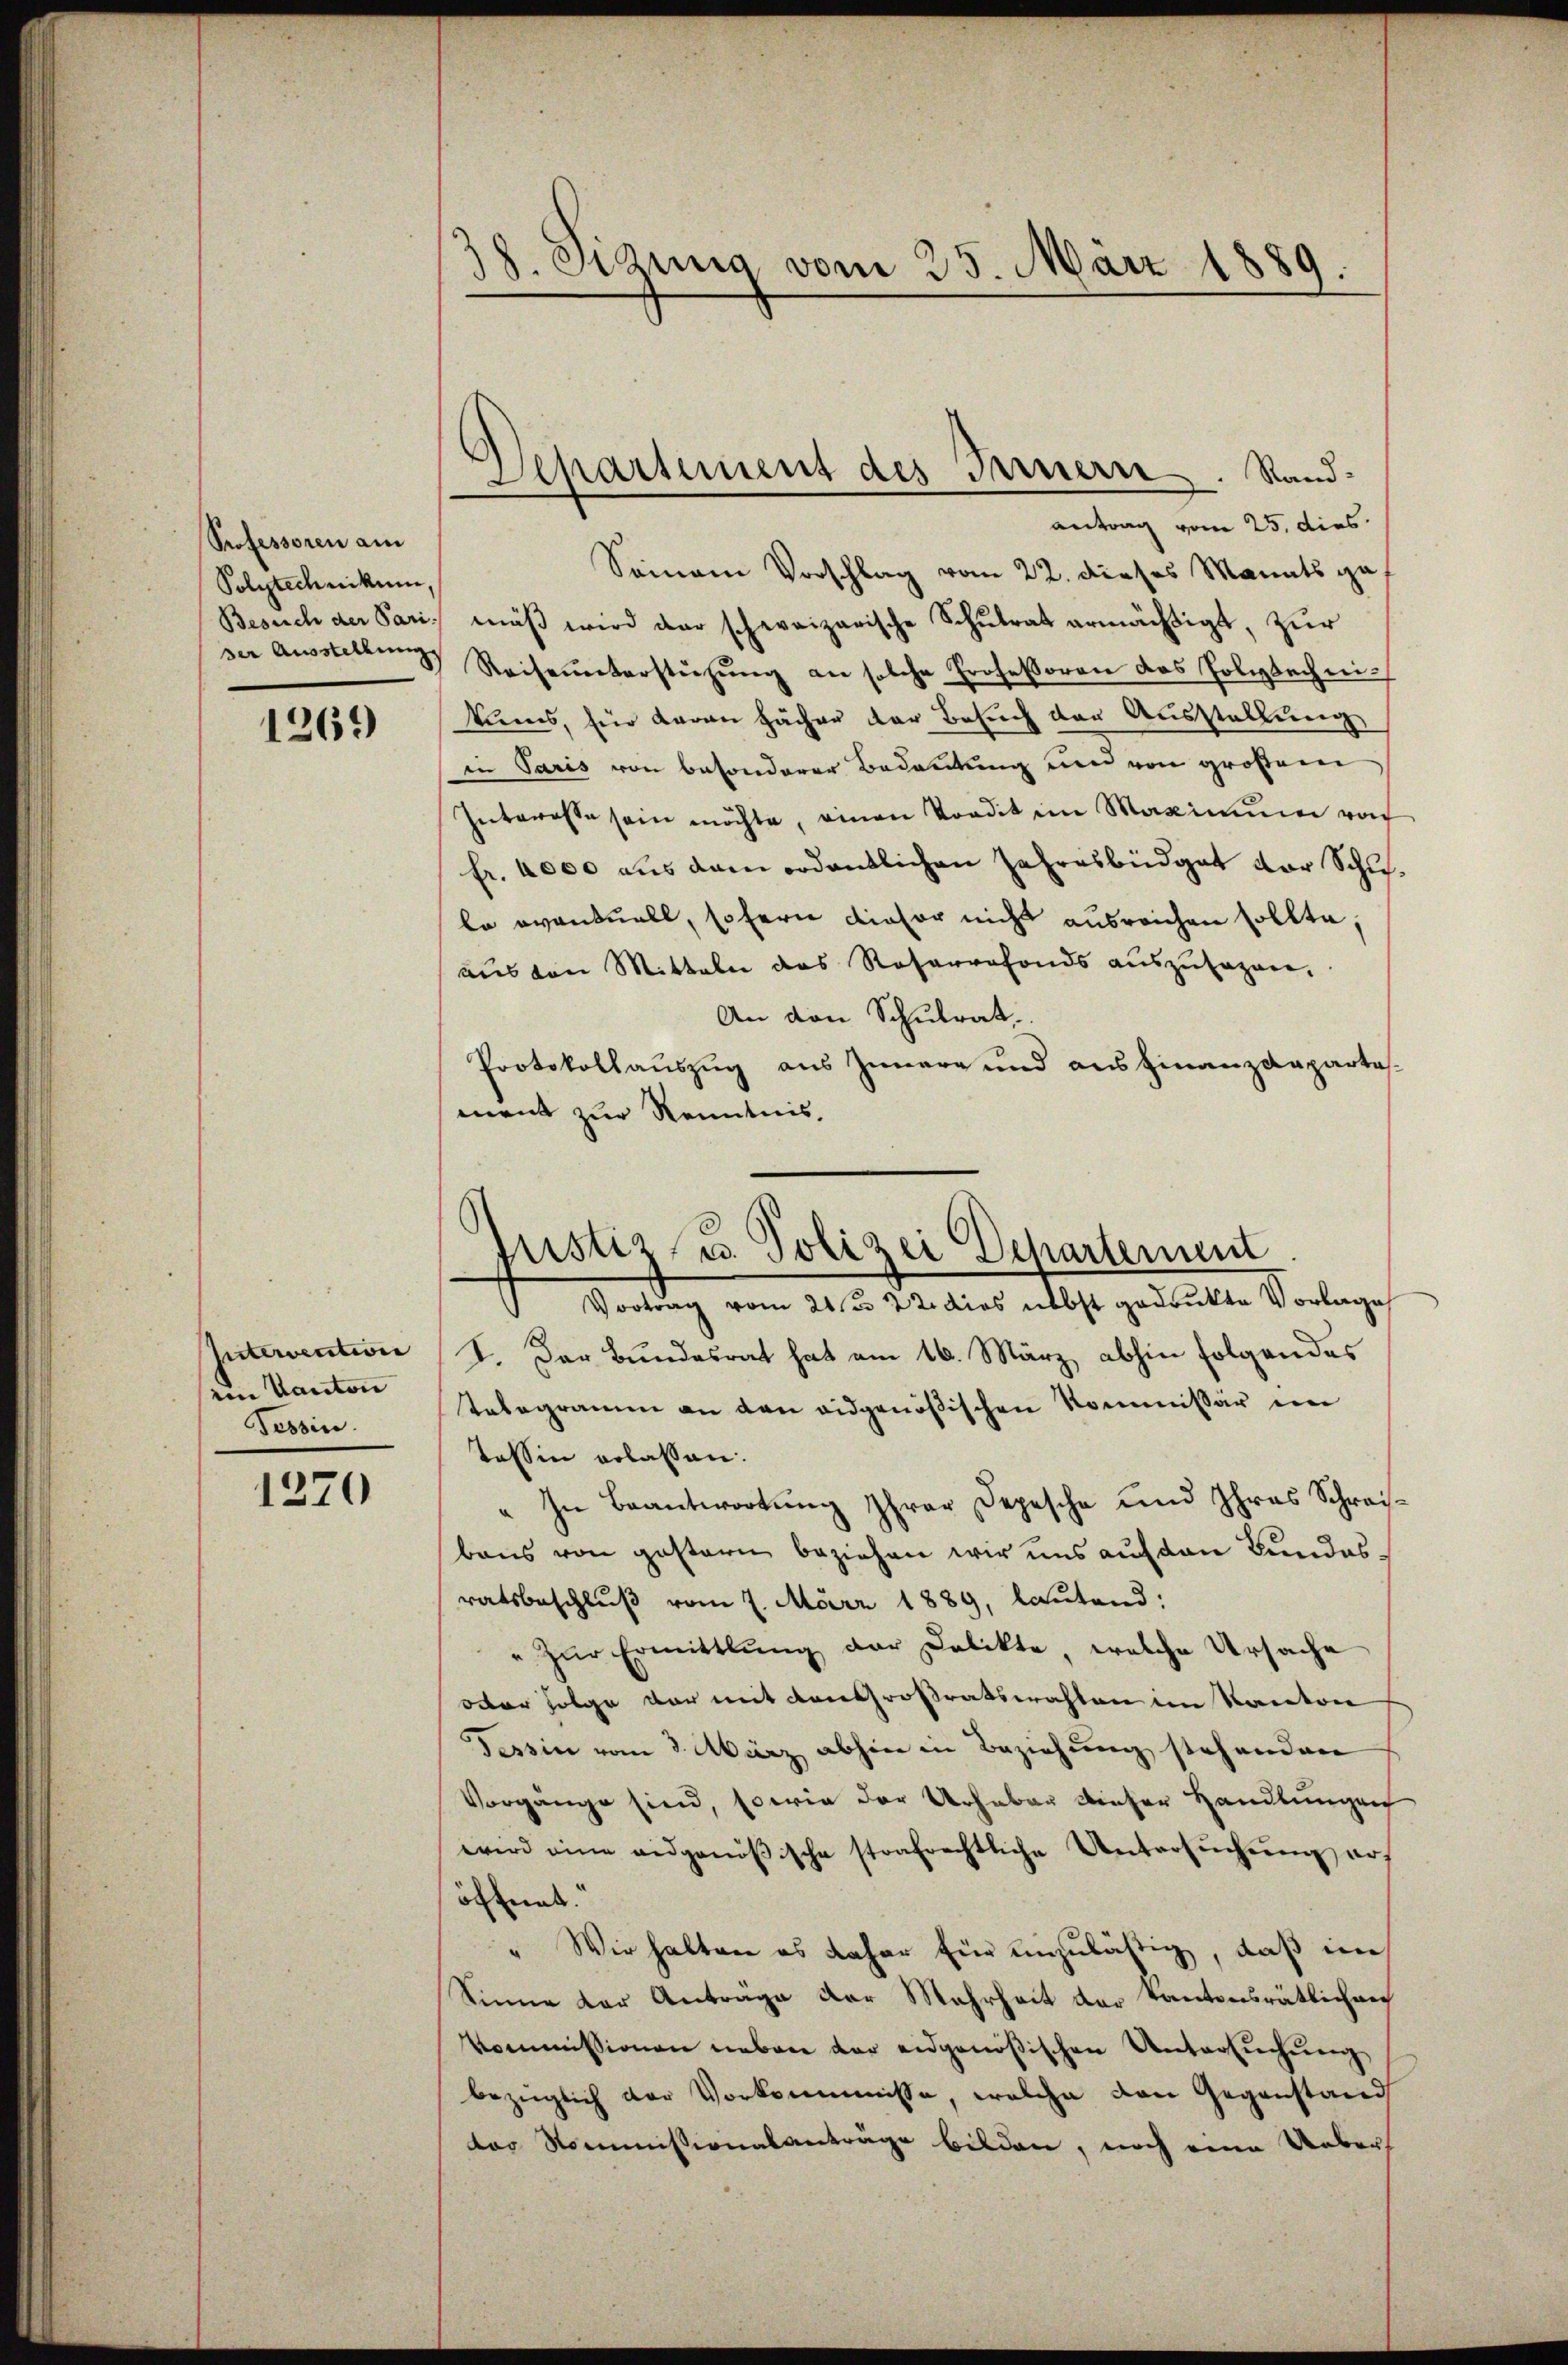
Professoren am
Polytechnikum,
Besuch der Pari.
ser Ausstellung

1269

Intervention
im Kanton
Tessin.

1270

18. Sizung vom 25. März 1889.

Separtement des Fernern. Sandantrag vom 25. dies

Seinem Vorschlag vom 22. dieses Manats gemäß wird der schweizerische Schulrat ermächtigt, zur
Reiseunterstützŭng an solche Professoren das Polytechni
kums, für daran Fächen der Besuch der Ausstellung
in Paris von besonderer Bedeutung um von großem
Interesse sein möchte, einen Tondit im Maximum noch
fr. 4000 aus dem ordentlichen Jahresbüdgat vor Schule eventuell, sofern dieser nicht ausreichen sollte,
aus von Mitteln das Reservefonds auszusagen.
An den Schulrat.
Protokollauszug aus Innere und aus Finanzdepartement zur Kenntnis,
 Vortrag vom 21sten 22. dies nebst gedrukte Vorlage
I. Der Bundesrat hat am 16. März abhin folgendes
Telegramm an den eidgenößischen Kommissär im
Tessin erlassen.
„In Beantwortung Ihrer Depesche und Ihres Schreibens von gestern beziehen wir uns auf den Bundes-
ratsbeschluß vom 7. März 1889, lautend:
" zŭr Ermittlung der Delikte, welche Ursache
oder Folge der mit den Großratswahlen im Kanton
Tessin vom 3. März abhin in Beziehung stehenden
Vorgange sind, sowie der Urheber dieser Handlungen
wird eine eidgenößische strafrechtliche Untersŭchŭng auf
öffnet.
" Wir halten es daher für unzulästig, daß im
Sinne der Antrage der Mehrheit der Kantonsrätlichen
Kommissionen neben der eidgenößischen Untersŭchŭng
bezüglich der Vorkommnisse, welche den Gegenstand
das Kommissionalanträge bilden, noch eine Uebers

pistiz, u. Polizei Departement